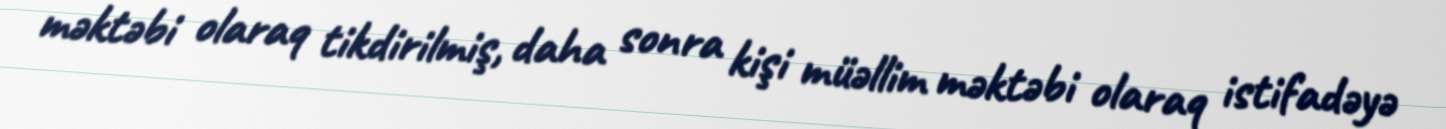
məktəbi olaraq tikdirilmiş, daha sonra kişi müəllim məktəbi olaraq istifadəyə